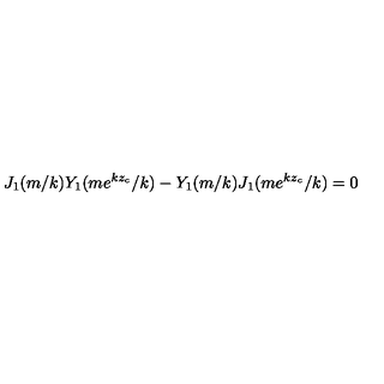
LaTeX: J _ { 1 } ( m / k ) Y _ { 1 } ( m e ^ { k z _ { c } } / k ) - Y _ { 1 } ( m / k ) J _ { 1 } ( m e ^ { k z _ { c } } / k ) = 0